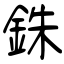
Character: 銖